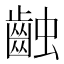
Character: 䶚